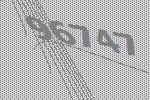
96747